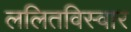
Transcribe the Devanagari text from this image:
ललितविस्वार